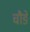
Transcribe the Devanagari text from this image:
चौङे